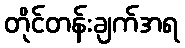
တိုင်တန်းချက်အရ